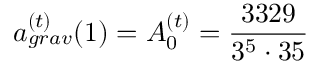
a _ { g r a v } ^ { ( t ) } ( 1 ) = A _ { 0 } ^ { ( t ) } = \frac { 3 3 2 9 } { 3 ^ { 5 } \cdot 3 5 }